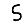
Digit: 5